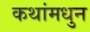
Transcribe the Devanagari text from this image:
कथांमधुन